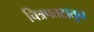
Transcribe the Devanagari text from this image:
चित्रपतटातुन